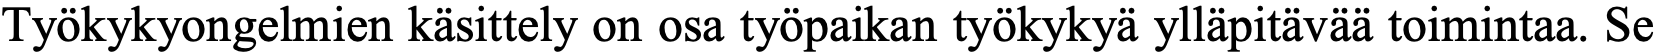
Työkykyongelmien käsittely on osa työpaikan työkykyä ylläpitävää toimintaa. Se